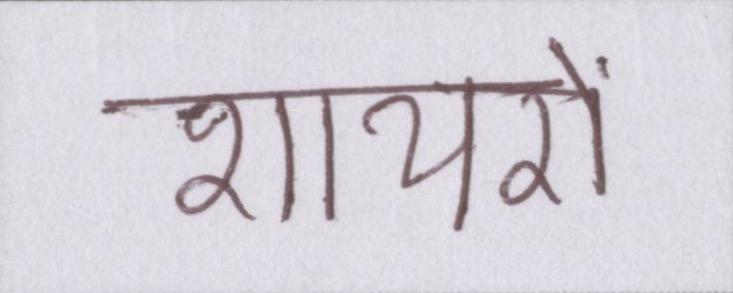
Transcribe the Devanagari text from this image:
शायरों